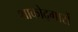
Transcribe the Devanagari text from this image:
शाकोद्गारों